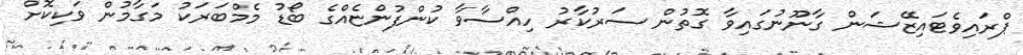
ޕްރައިވެޓައިޒޭޝަން ގާނޫނުގައިވާ ގޮތުން ސަރުކާރު ހިއްސާވާ ކުންފުންޏެއްގެ ބޯޑު މެމްބަރަކު މަގާމުން ވަކިކޮށް